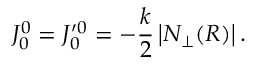
J _ { 0 } ^ { 0 } = J _ { 0 } ^ { \prime 0 } = - \frac { k } { 2 } \left| N _ { \perp } ( R ) \right| .